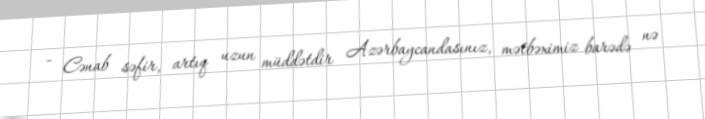
- Cənab səfir, artıq uzun müddətdir Azərbaycandasınız, mətbəximiz barədə nə